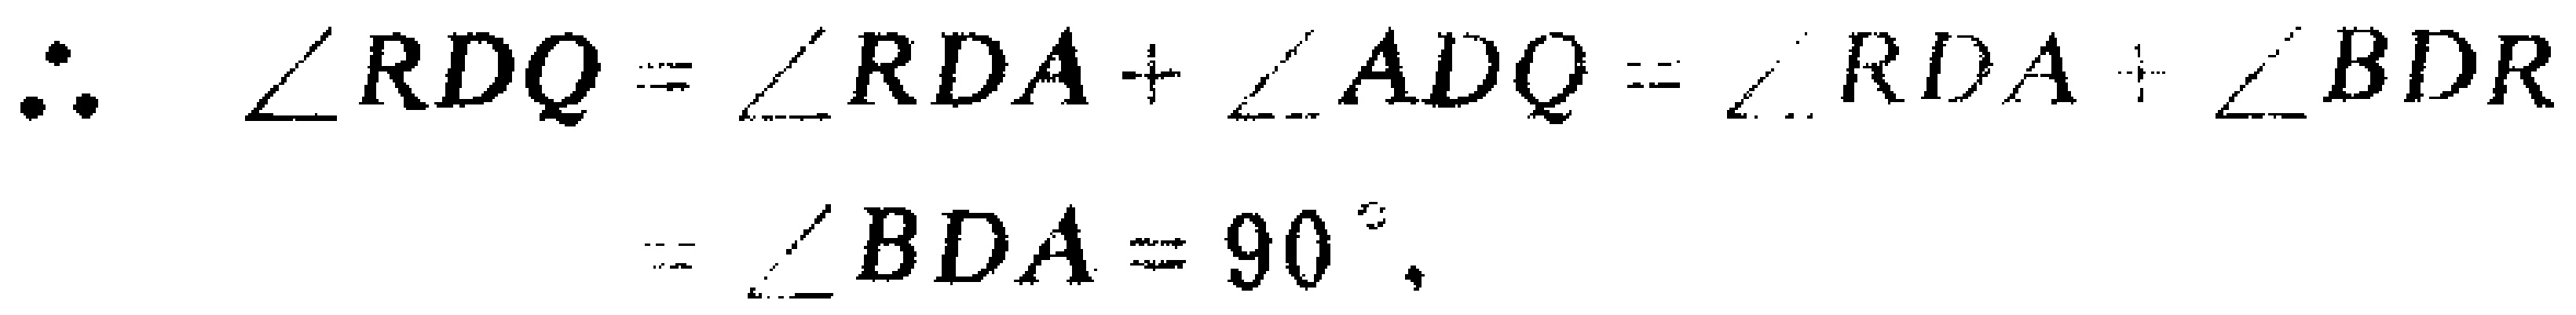
\[\therefore \angle RDQ=\angle RDA + \angle ADQ=\angle RDA+\angle BDR=\angle BDA = 90^{\circ}.\]